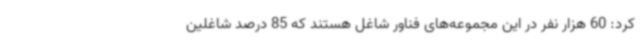
کرد: 60 هزار نفر در این مجموعه‌های فناور شاغل هستند که 85 درصد شاغلین